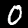
Label: 0